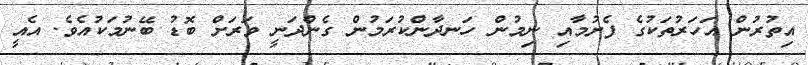
އިތުރުން އަހަރުތަކުގެ ފެށުމާއި ނިމުން ހަނދާންކުރަމުން ގެންދަނީ ވަރަށް ބޮޑު ބޭނުމަކުއެވެ. އެއީ